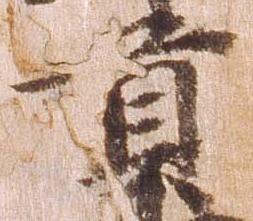
貢